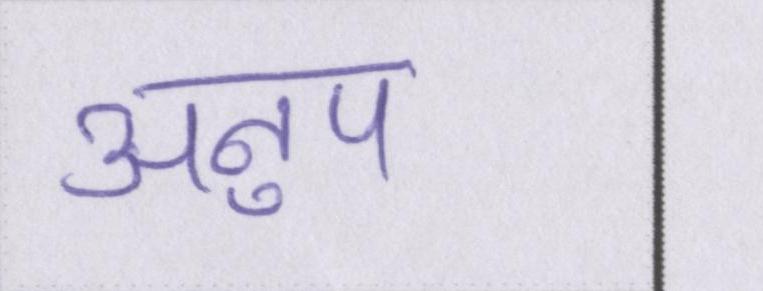
अनुप